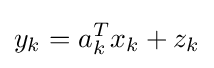
y_{k}=a_{k}^{T}x_{k}+z_{k}